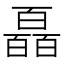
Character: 𤾩